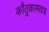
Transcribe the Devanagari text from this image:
कौतुकास्पदच